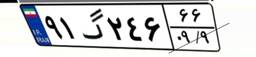
۹۱گ۲۴۶۶۶